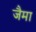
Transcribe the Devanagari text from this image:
जैमा